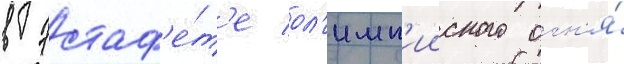
в эстаф'е́т'е ол'имп'ииского огн'я́